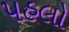
પહલો